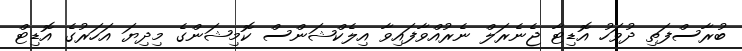
ބުރާސްފަތި ދުވަހު އޮޑިޓާ ޖެނެރަލް ނެރުއްވާފައިވާ އިލެކްޝަންސް ކޮމިޝަންގެ މިދިޔަ އަހަރުގެ އޮޑިޓް